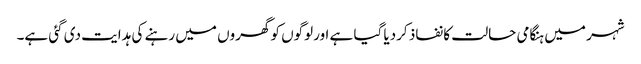
شہر میں ہنگامی حالت کا نفاذ کردیا گیا ہے اورلوگوں کو گھروں میں رہنے کی ہدایت دی گئی ہے۔